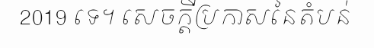
2019 ទេ។ សេចក្តីប្រកាសនៃតំបន់